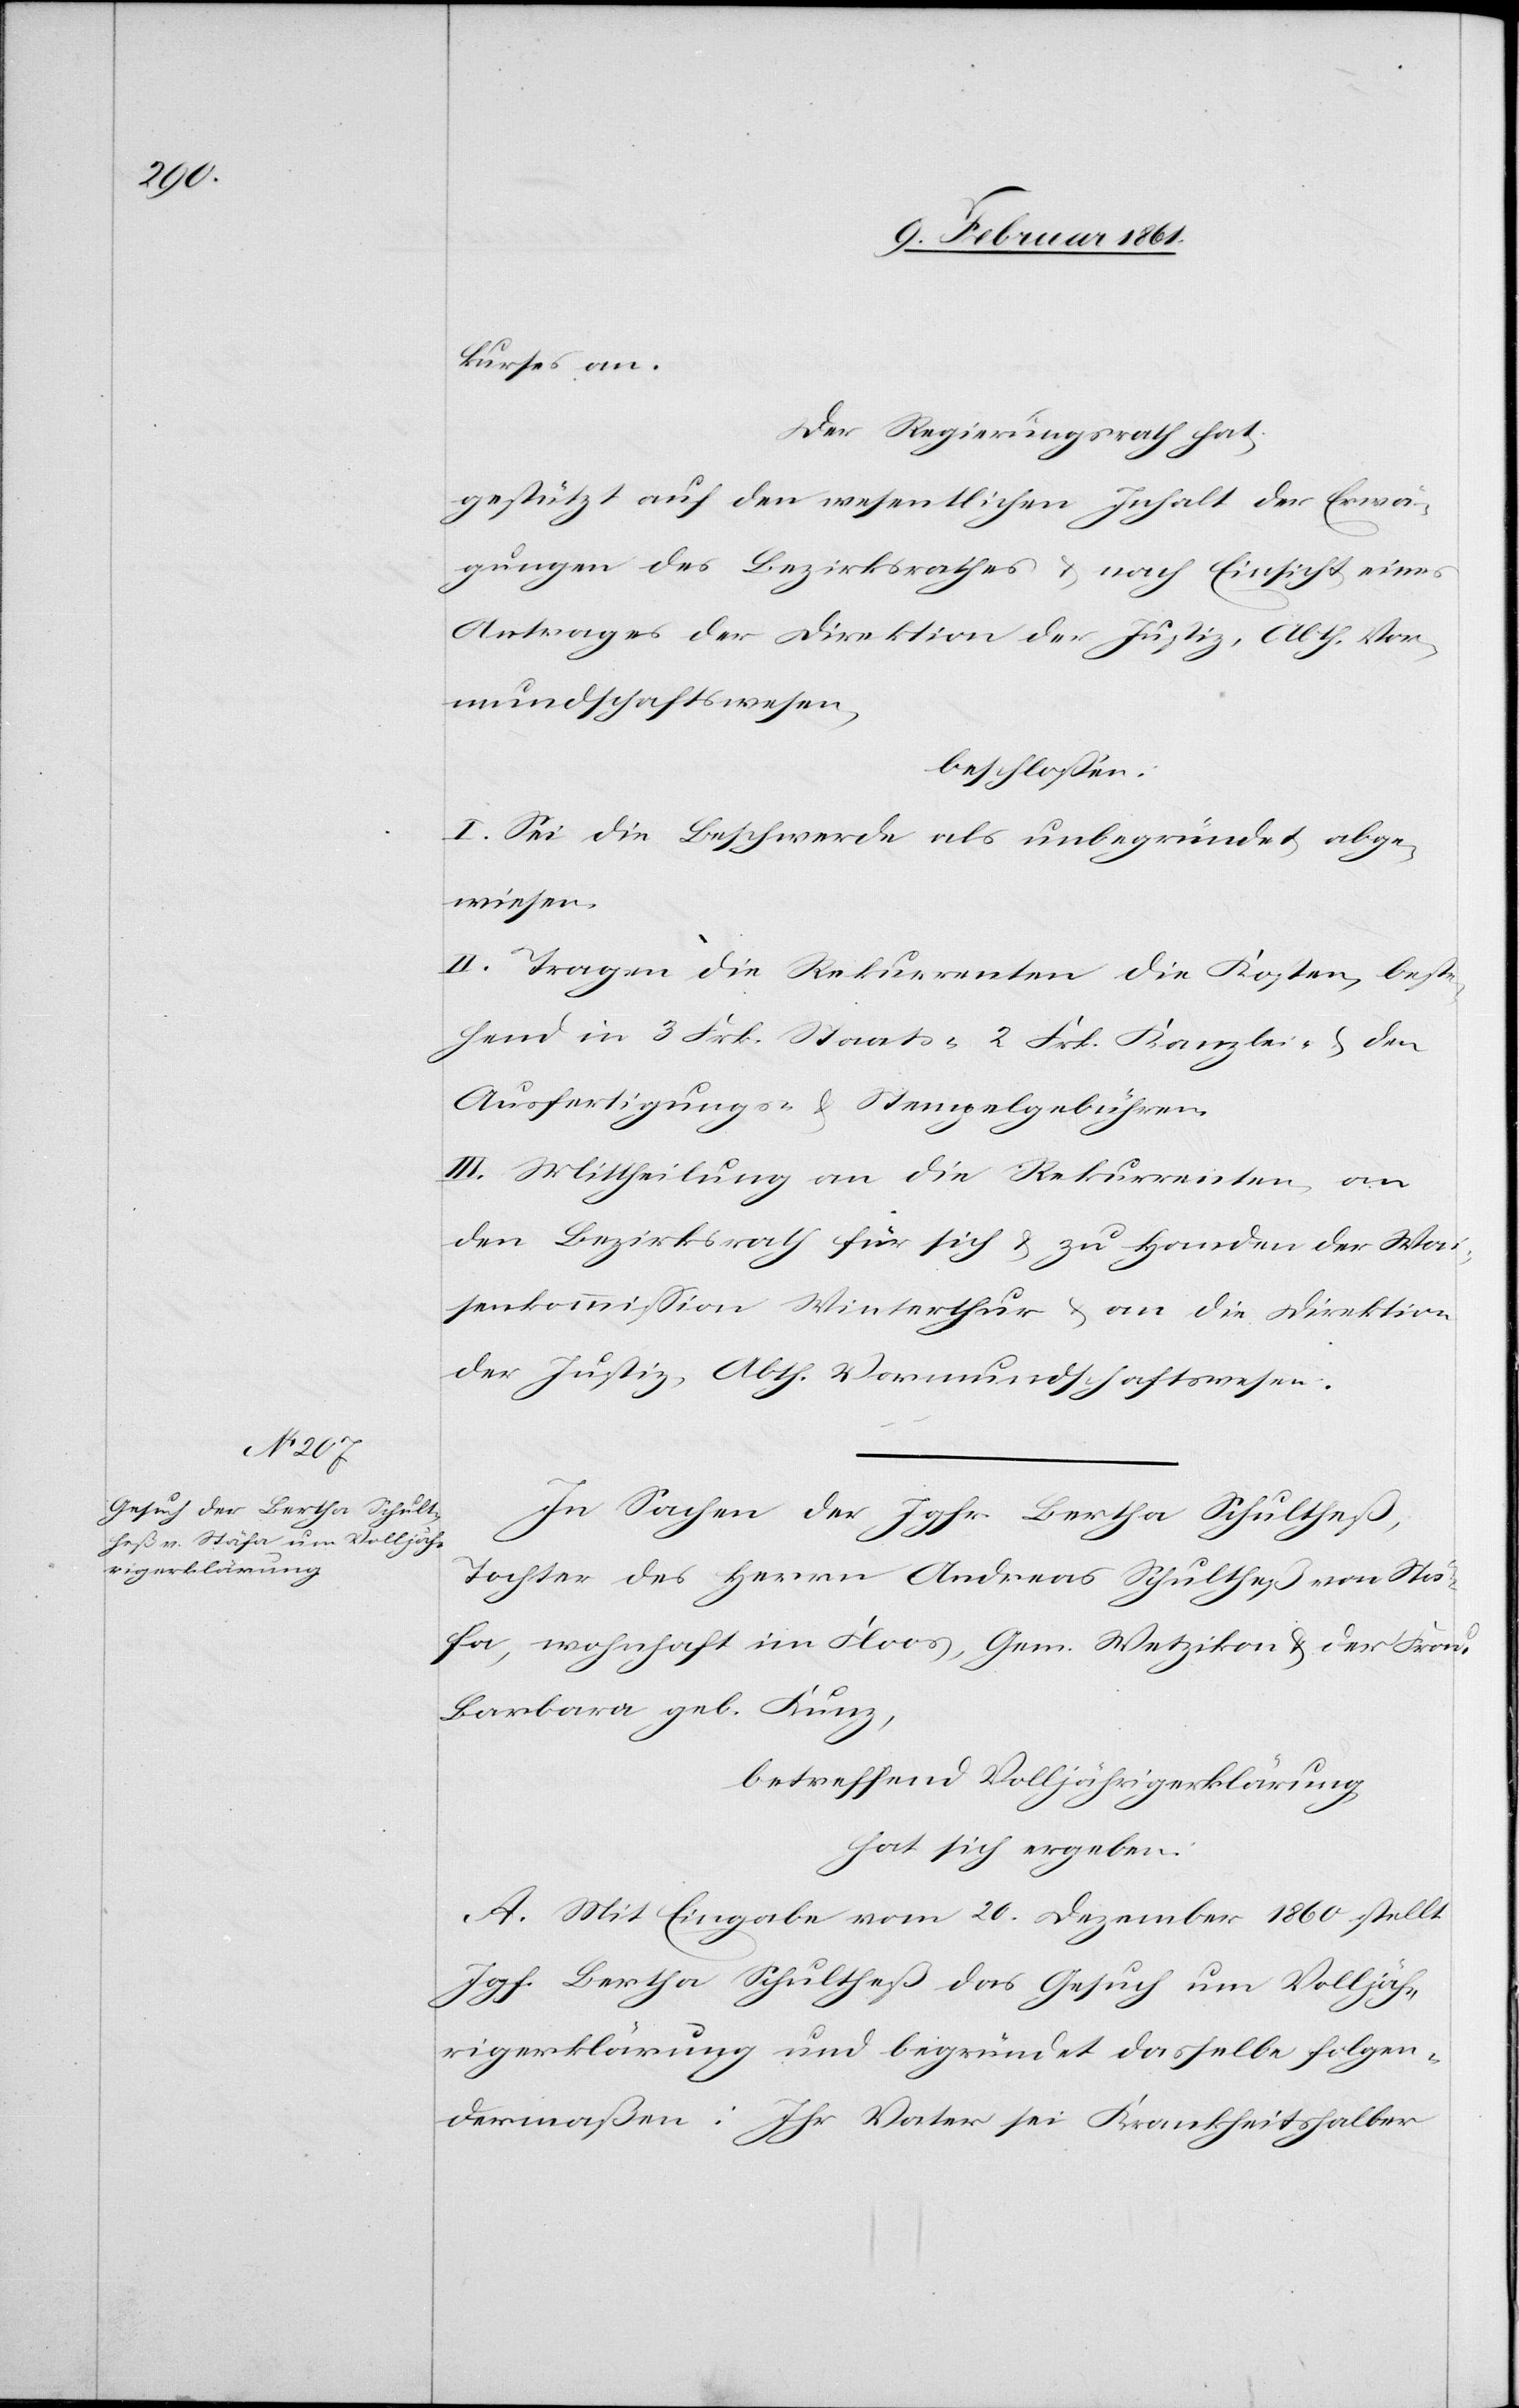
kurses an.
Der Regierungsrath hat,
gestützt auf den wesentlichen Inhalt der Erwä¬
gungen des Bezirksrathes u. nach Einsicht eines
Antrages der Direktion der Justiz, Abth. Vor¬
mundschaftswesen,
beschlossen:
I. Sei die Beschwerde als unbegründet abge¬
wiesen.
II. Tragen die Rekurrenten die Kosten, beste¬
hend in 3. Frk. Staats-[,] 2. Frk. Kanzlei- u. den
Ausfertigungs- u. Stempelgebühren.
III. Mittheilung an die Rekurrenten, an
den Bezirksrath für sich u. zu Handen der Wai¬
senkommission Winterthur u. an die Direktion
der Justiz, Abth. Vormundschaftswesen.
In Sachen der Jgfr. Bertha Schultheß,
Tochter des Herrn Andreas Schultheß von Stä¬
fa, wohnhaft im Floos, Gem. Wetzikon u. der Frau
Barbara geb. Kunz,
betreffend Volljährigerklärung,
hat sich ergeben:
A. Mit Eingabe vom 20. Dezember 1860 stellt
Jgfr. Bertha Schultheß das Gesuch um Volljäh¬
rigerklärung und begründet dasselbe folgen¬
dermaßen: Ihr Vater sei Krankheitshalber